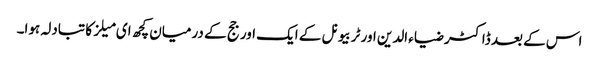
اس کے بعد ڈاکٹر ضیاء الدین اور ٹربیونل کے ایک اور جج کے درمیان کچھ ای میلز کا تبادلہ ہوا۔